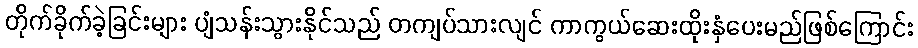
တိုက်ခိုက်ခဲ့ခြင်းများ ပျံသန်းသွားနိုင်သည် တကျပ်သားလျင် ကာကွယ်ဆေးထိုးနှံပေးမည်ဖြစ်ကြောင်း